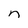
Character: n